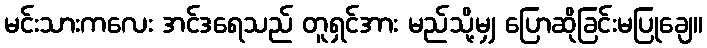
မင်းသားကလေး အင်ဒရေသည် တူရှင်အား မည်သို့မျှ ပြောဆိုခြင်းမပြုချေ။